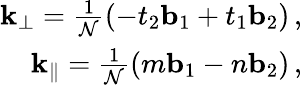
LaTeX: \begin{array}{r}{\textbf{k}_{\perp}=\frac{1}{{\cal N}}(-t_{2}\textbf{b}_{1}+t_{1}\textbf{b}_{2})\, ,}\\ {\textbf{k}_{\parallel}=\frac{1}{{\cal N}}(m\textbf{b}_{1}-n\textbf{b}_{2})\, ,}\end{array}